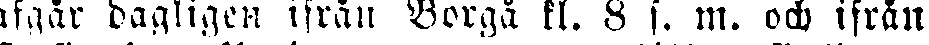
afgår dagligen ifrån Borgå kl. 8 f. m. och ifrån